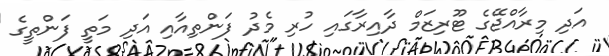
އަދި މިރާއްޖޭގެ ޓޫރިޒަމް ދާއިރާގައި ހުރި މެދު ފަންތިއާއި އަދި މަތީ ފަންތީގެ